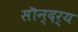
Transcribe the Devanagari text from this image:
सॊन्दर्य